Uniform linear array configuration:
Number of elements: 8
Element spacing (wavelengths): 0.25
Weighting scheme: hann
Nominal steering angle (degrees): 15
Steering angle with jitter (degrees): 15.337
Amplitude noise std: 0.05
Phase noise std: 0.05

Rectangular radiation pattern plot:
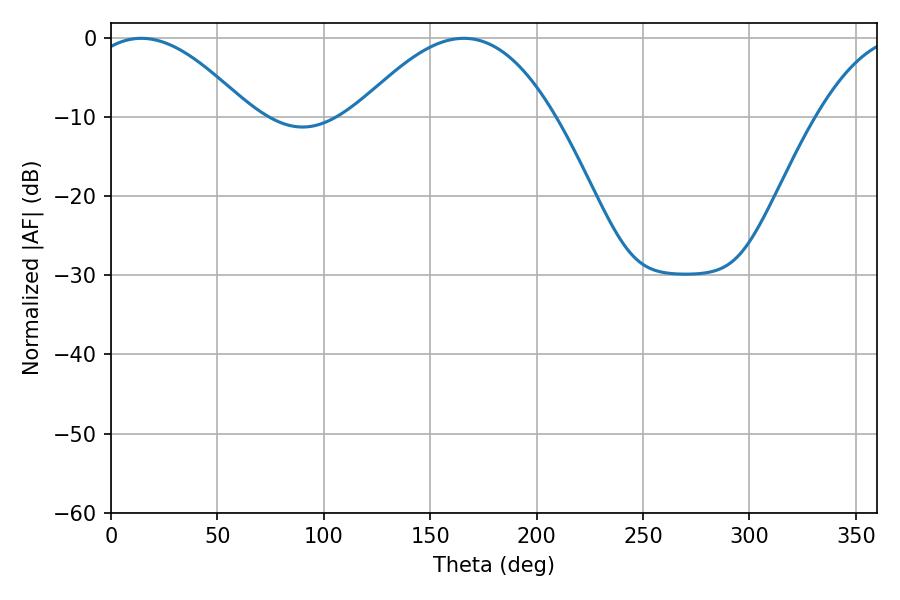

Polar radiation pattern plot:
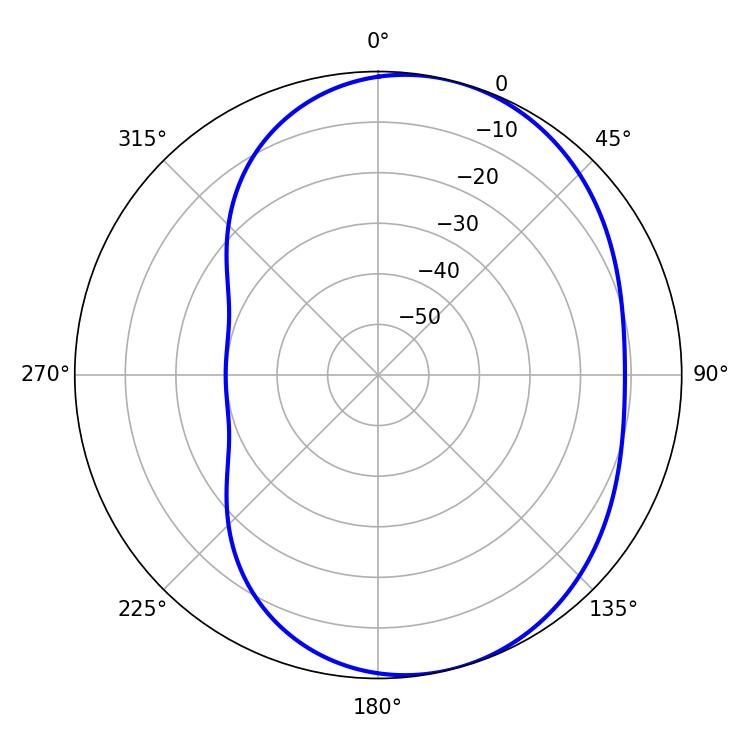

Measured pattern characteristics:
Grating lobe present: FALSE
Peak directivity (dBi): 5.455
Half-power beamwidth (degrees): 41.22
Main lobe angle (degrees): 14.22